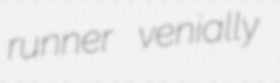
runner venially